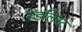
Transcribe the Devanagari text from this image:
रेडलिस्ट